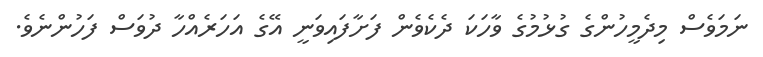
ނަމަވެސް މިދެމީހުންގެ ގުޅުމުގެ ވާހަކަ ދެކެވެން ފަށާފައިވަނީ އޭގެ އަހަރެއްހާ ދުވަސް ފަހުންނެވެ.